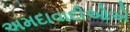
અમદાવાદીઓએ